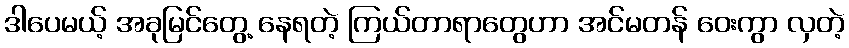
ဒါပေမယ့် အခုမြင်တွေ့ နေရတဲ့ ကြယ်တာရာတွေဟာ အင်မတန် ဝေးကွာ လှတဲ့